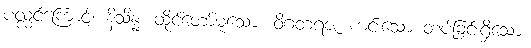
ပလ္လင်ကြောင့်။ နိသိန္နံ၊ ထိုင်တော်မူသော။ ဝိဂတရဇံ၊ ကင်းသော တပ်ခြင်းရှိသော။